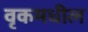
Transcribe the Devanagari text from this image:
वृकमधील